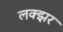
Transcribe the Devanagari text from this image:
लक्झर